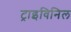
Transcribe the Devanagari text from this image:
ट्राइविनिल